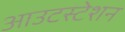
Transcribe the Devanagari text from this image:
आउटस्टेशन